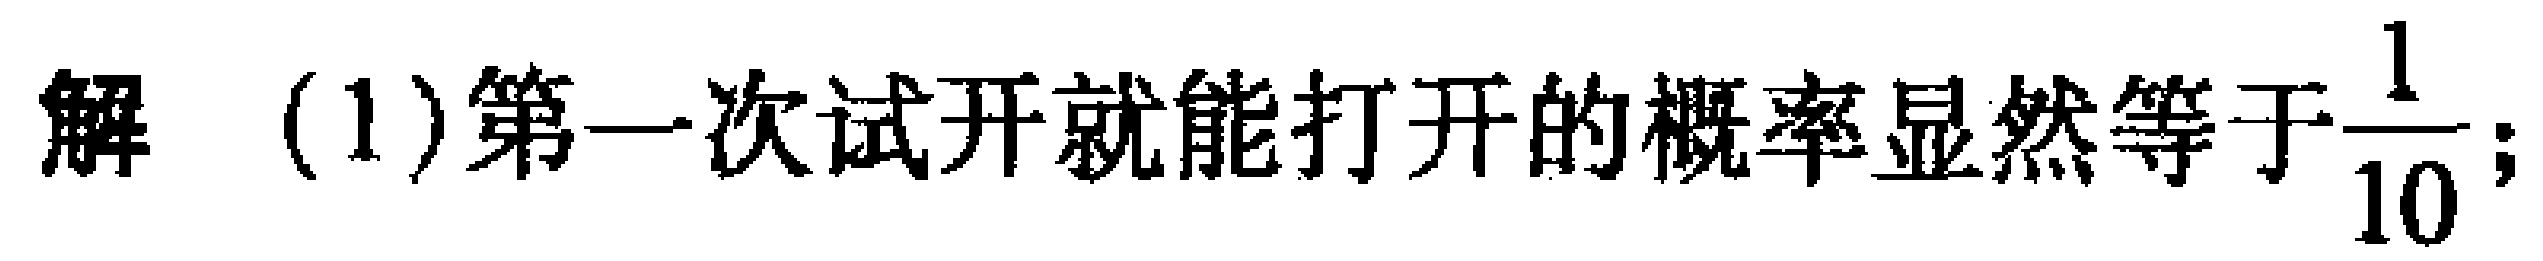
解 (1)第一次试开就能打开的概率显然等于$\frac{1}{10}$;